Scottish Leaving Certificate Examination, 1954
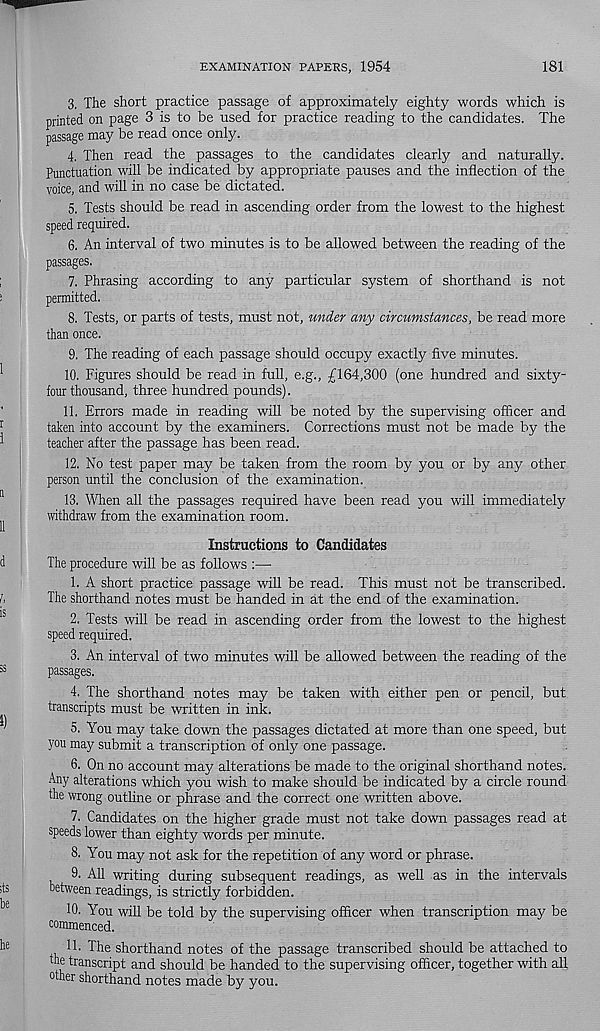
EXAMINATION PAPERS, 1954
181
3. The short practice passage of approximately eighty words which is
printed on page 3 is to be used for practice reading to the candidates. The
passage may be read once only.
4. Then read the passages to the candidates clearly and naturally.
Punctuation will be indicated by appropriate pauses and the inflection of the
voice, and will in no case be dictated.
5. Tests should be read in ascending order from the lowest to the highest
speed required.
6. An interval of two minutes is to be allowed between the reading of the
passages.
7. Phrasing according to any particular system of shorthand is not
permitted.
8. Tests, or parts of tests, must not, under any circumstances, be read more
than once.
9. The reading of each passage should occupy exactly five minutes.
10. Figures should be read in full, e.g., £164,300 (one hundred and sixty-
four thousand, three hundred pounds).
11. Errors made in reading will be noted by the supervising officer and
taken into account by the examiners. Corrections must not be made by the
teacher after the passage has been read.
12. No test paper may be taken from the room by you or by any other
person until the conclusion of the examination.
13. When all the passages required have been read you will immediately
withdraw from the examination room.
Instructions to Candidates
The procedure will be as follows :—
1. A short practice passage will be read. This must not be transcribed.
The shorthand notes must be handed in at the end of the examination.
2. Tests will be read in ascending order from the lowest to the highest
speed required.
3. An interval of two minutes will be allowed between the reading of the
passages.
4. The shorthand notes may be taken with either pen or pencil, but
transcripts must be written in ink.
5. You may take down the passages dictated at more than one speed, but
you may submit a transcription of only one passage.
6. On no account may alterations be made to the original shorthand notes.
Any alterations which you wish to make should be indicated by a circle round
the wrong outline or phrase and the correct one written above.
7. Candidates on the higher grade must not take down passages read at
speeds lower than eighty words per minute.
8. You may not ask for the repetition of any word or phrase.
9. All writing during subsequent readings, as well as in the intervals
between readings, is strictly forbidden.
10. You will be told by the supervising officer when transcription may be
commenced.
11- The shorthand notes of the passage transcribed should be attached to
the transcript and should be handed to the supervising officer, together with all
other shorthand notes made by you.